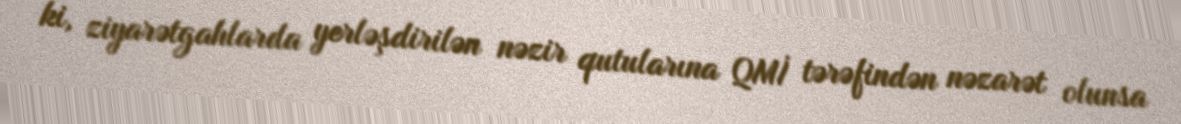
ki, ziyarətgahlarda yerləşdirilən nəzir qutularına QMİ tərəfindən nəzarət olunsa